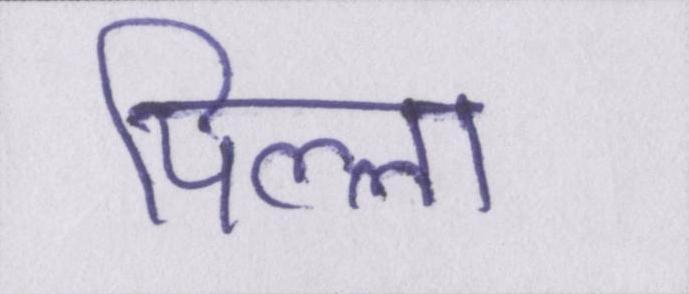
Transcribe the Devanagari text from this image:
पिल्ला